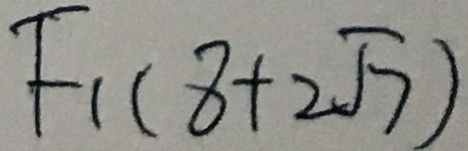
F _ { 1 } ( 8 + 2 \sqrt { 7 } )